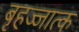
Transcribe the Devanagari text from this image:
बृहज्जात्क